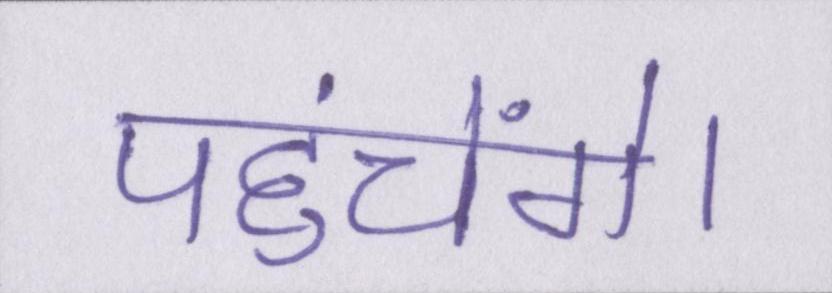
पहुंचेंगे।